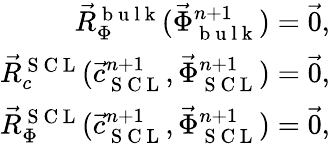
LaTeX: \begin{array}{r}{\vec{R}_{\Phi}^{\mathrm{~b~u~l~k~}}(\vec{\Phi}_{\mathrm{~b~u~l~k~}}^{n+1})=\vec{0},}\\ {\vec{R}_{c}^{\mathrm{~S~C~L~}}(\vec{c}_{\mathrm{~S~C~L~}}^{n+1},\vec{\Phi}_{\mathrm{~S~C~L~}}^{n+1})=\vec{0},}\\ {\vec{R}_{\Phi}^{\mathrm{~S~C~L~}}(\vec{c}_{\mathrm{~S~C~L~}}^{n+1},\vec{\Phi}_{\mathrm{~S~C~L~}}^{n+1})=\vec{0},}\end{array}